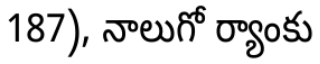
187), నాలుగో ర్యాంకు